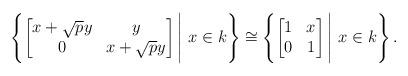
LaTeX: \begin{align*}\left\{\begin{bmatrix}x + \sqrt{p}y & y\\0 & x + \sqrt{p}y\end{bmatrix} \Bigg|\ x \in k\right\} \cong \left\{\begin{bmatrix}1 & x\\0 & 1\end{bmatrix} \Bigg|\ x \in k\right\}.\end{align*}